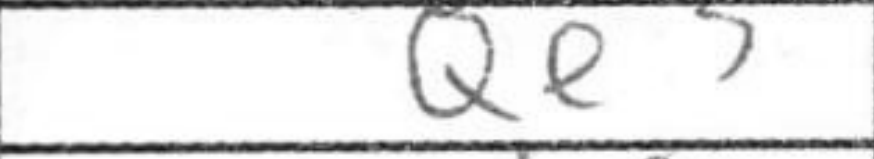
Transcription: Qe3